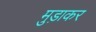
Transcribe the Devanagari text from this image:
मुड़ाकर